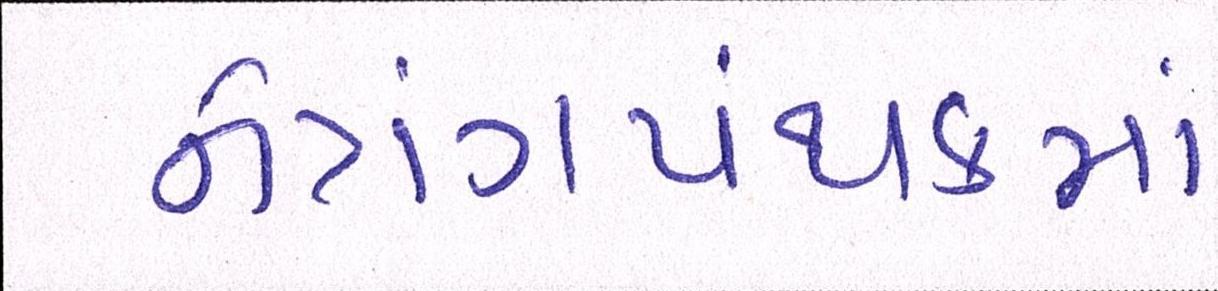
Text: નેત્રંગપંથકમાં